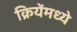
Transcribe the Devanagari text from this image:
क्रियेंमध्ये